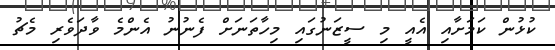
ކުޅުން ކަމަށާއި އެއީ މި ސީޒަނުގައި މިހާތަނަށް ފެނުނު އެންމެ ވާދަވެރި މެޗު